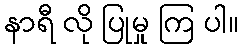
နာရီ လို ပြုမှု ကြ ပါ။